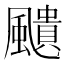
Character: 𩘺